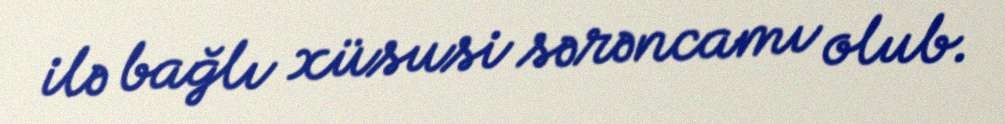
ilə bağlı xüsusi sərəncamı olub.